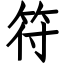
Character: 符